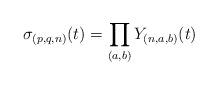
LaTeX: \begin{align*}{\sigma}_{(p, q,n)}(t)=\prod_{(a,b)}Y_{(n,a,b)}(t)\end{align*}